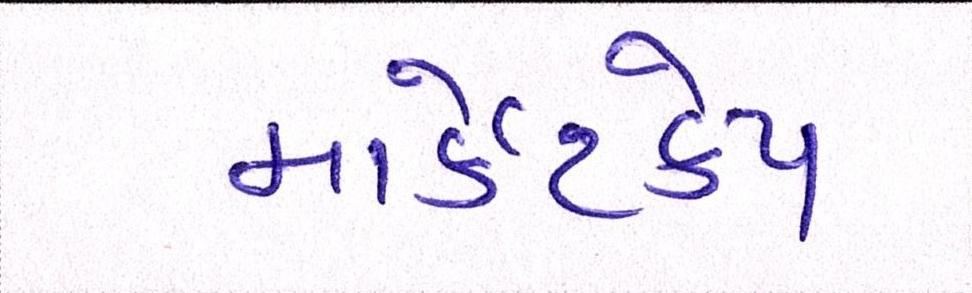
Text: માર્કેટકેપ